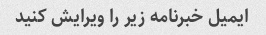
ایمیل خبرنامه زیر را ویرایش کنید